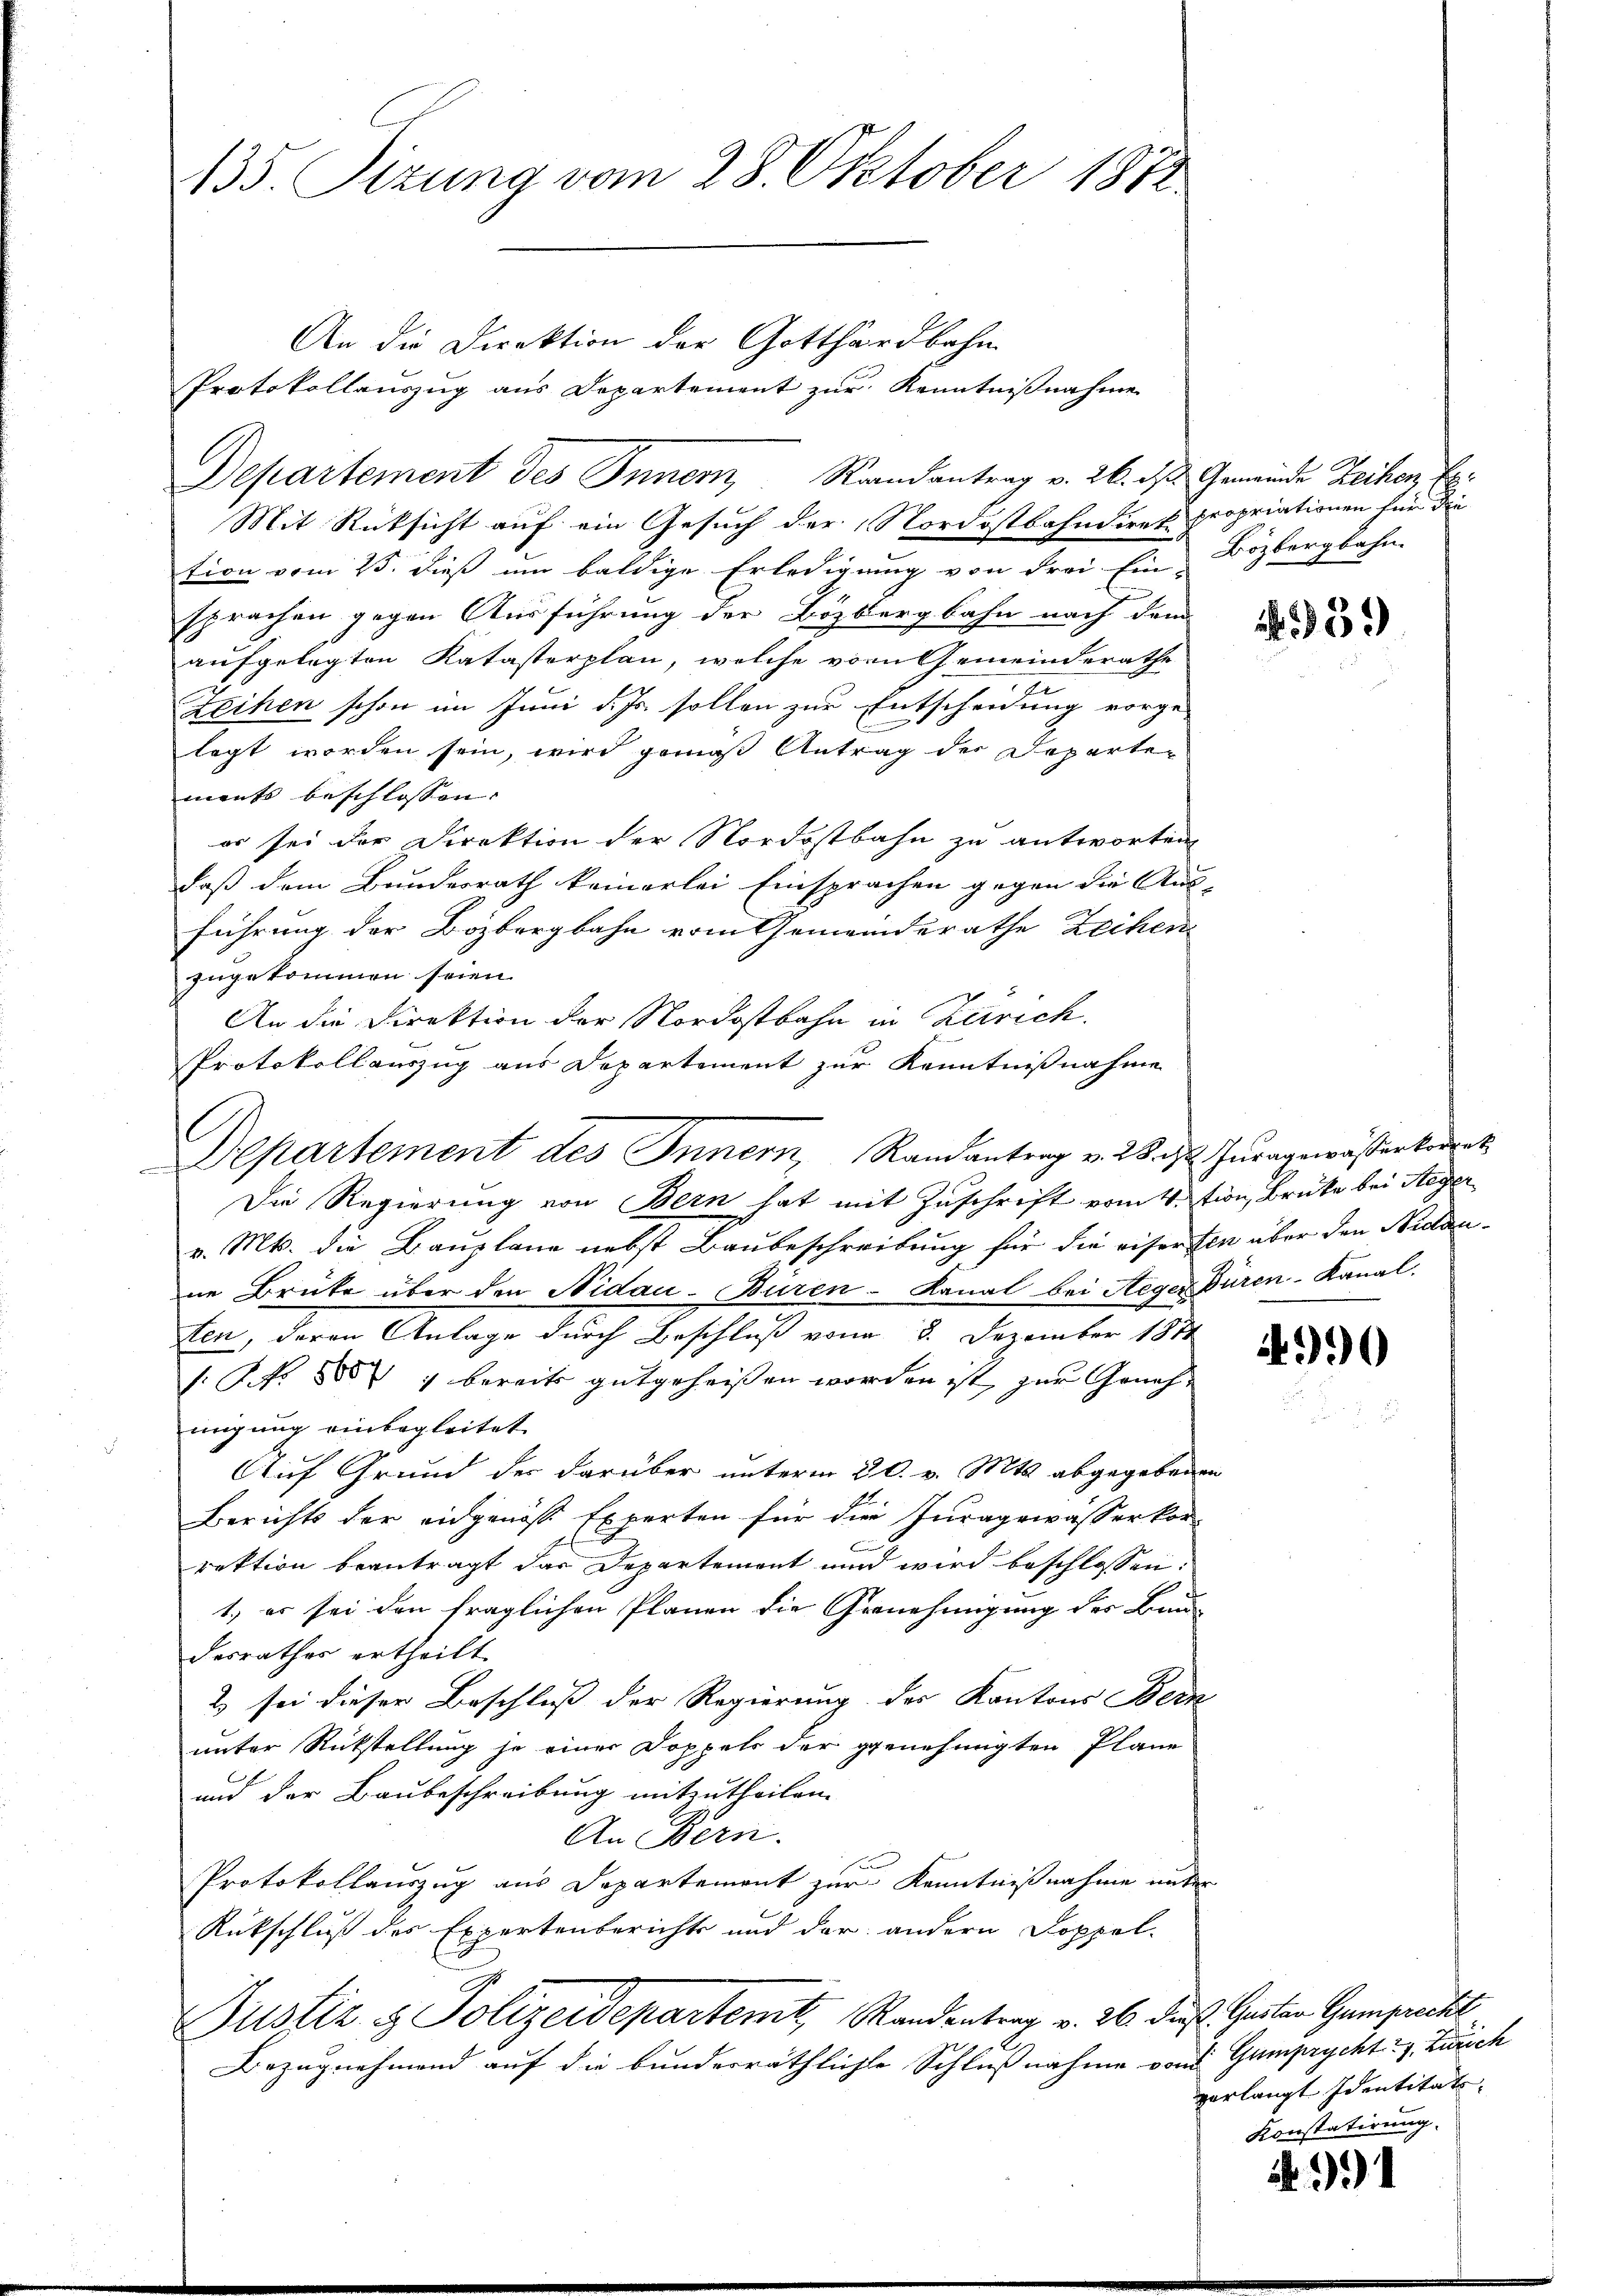
135. Sizung vom 28. Oktober 1871

Departement des Inner, Randantrag v. 26. ds Gemeinde Reihen Er¬
Mit Rücksicht auf ein Gesuch der Nordostbahndiret propriationen für die
tion vom 25. dieß um baldige Erledigung von Frei Ein Bözbergbahn-
sprachen gegen Ausführung der Bözbergbahn nach dem
aufgelegten Katastorplan, welche vor Gemeinderathe
Zeihen schon im Juni d. Js. sollen zur Entscheidung vorge-
legt worden sein, wird gemäß Antrag der Departements beschlossen. |
er sei der Direktion der Nordostbahn zu antworten
daß dem Bundesrath keinerlei Einsprachen gegen die Aus-
führung der Bözbergbahn vom Gemeinderathe Zechen
zugekommen seien.
An die Direktion der Nordostbahn in Zürich.
Protokollauszug aus Departement zur Kenntnißnahme
Die Regierung von Bern hat mit Zuschrift vom Vation, Brüke bei Steger
v. Mts. die Bauplane nebst Baubeschreibung für die eisersten über den Nidaune Brüke über den Nidau-Büren-Kanal bei Aeger Büren-Kanal.
tten, deren Anlage durch Beschluß vom 8. Dezember 1841
s. S. 885 : bereits gutgeheißen worden ist, zur Genehmigung einbegleitet
Auf Grund der darüber unterm 30. v. Mts. abgegebenen
Berichts der eidgenösse Experten für die Juragewässerkor-
rektion beantragt das Departement und wird beschlossen:
1.) es sei den fraglichen Planen die Genehmigung des Bau-
desrathes ertheilt
2 sei dieser Beschluß der Regierung des Kantons Bern
unter Rückstellung je einer Doppels der genehmigten Plane
und der Baubeschreibung mitzutheilen.
An Bern.
Protokollauszug aus Departement zur Kenntnißnahme unter
Rückschluß des Expertenberichts und der andern Doppel-
Justiz & Polizeidepartemt, Standentrag v. 26. dieß. Seiten Gumprecht
Bezugnehmend auf die bunderräthliche Schlußnahme von Gumprycht: 1. Zürich

An die Direktion der Gotthardbahn
Protokollauszug aus Departement zur Kenntnißnahme

Departement des Innern, Randantrag v. 2. das Juragewässerkorent

939

4990

verlangt Identitäts
Konstatirung.

991